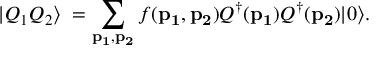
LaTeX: | Q _ { 1 } Q _ { 2 } \rangle \; = \sum _ { { \bf p _ { 1 } } , { \bf p _ { 2 } } } f ( { \bf p _ { 1 } } , { \bf p _ { 2 } } ) Q ^ { \dagger } ( { \bf p _ { 1 } } ) Q ^ { \dagger } ( { \bf p _ { 2 } } ) | 0 \rangle .